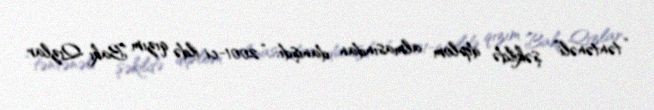
“təntənəli” şəkildə diplom almasından danışdı: “2001-ci ildə qızım Bakı Qızlar